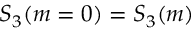
S _ { 3 } ( m = 0 ) = S _ { 3 } ( m )